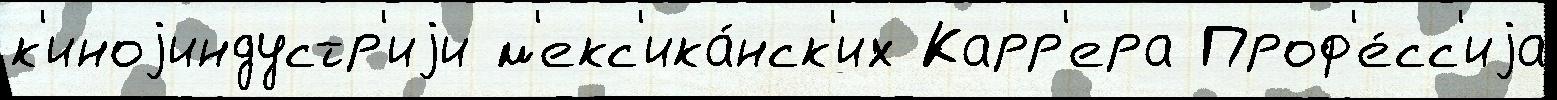
к'иноjиндустр'иjи м'екс'ика́нск'их Карр'ера Проф'е́сс'иjа